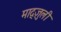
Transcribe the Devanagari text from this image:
माद्ज़ुली